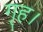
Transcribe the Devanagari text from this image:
गृह।